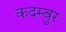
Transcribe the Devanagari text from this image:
कदम्बुर